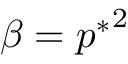
\beta = { p ^ { * } } ^ { 2 }